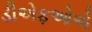
ડીએફઓએ